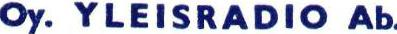
Oy. YLEISRADIO Ab.